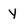
Character: y